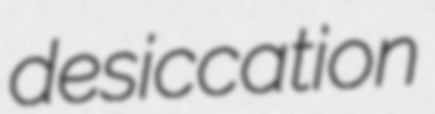
desiccation